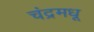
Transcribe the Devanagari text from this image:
चंद्रमधू